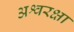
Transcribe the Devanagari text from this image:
अश्वरक्षा